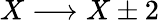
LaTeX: X\longrightarrow X\pm 2